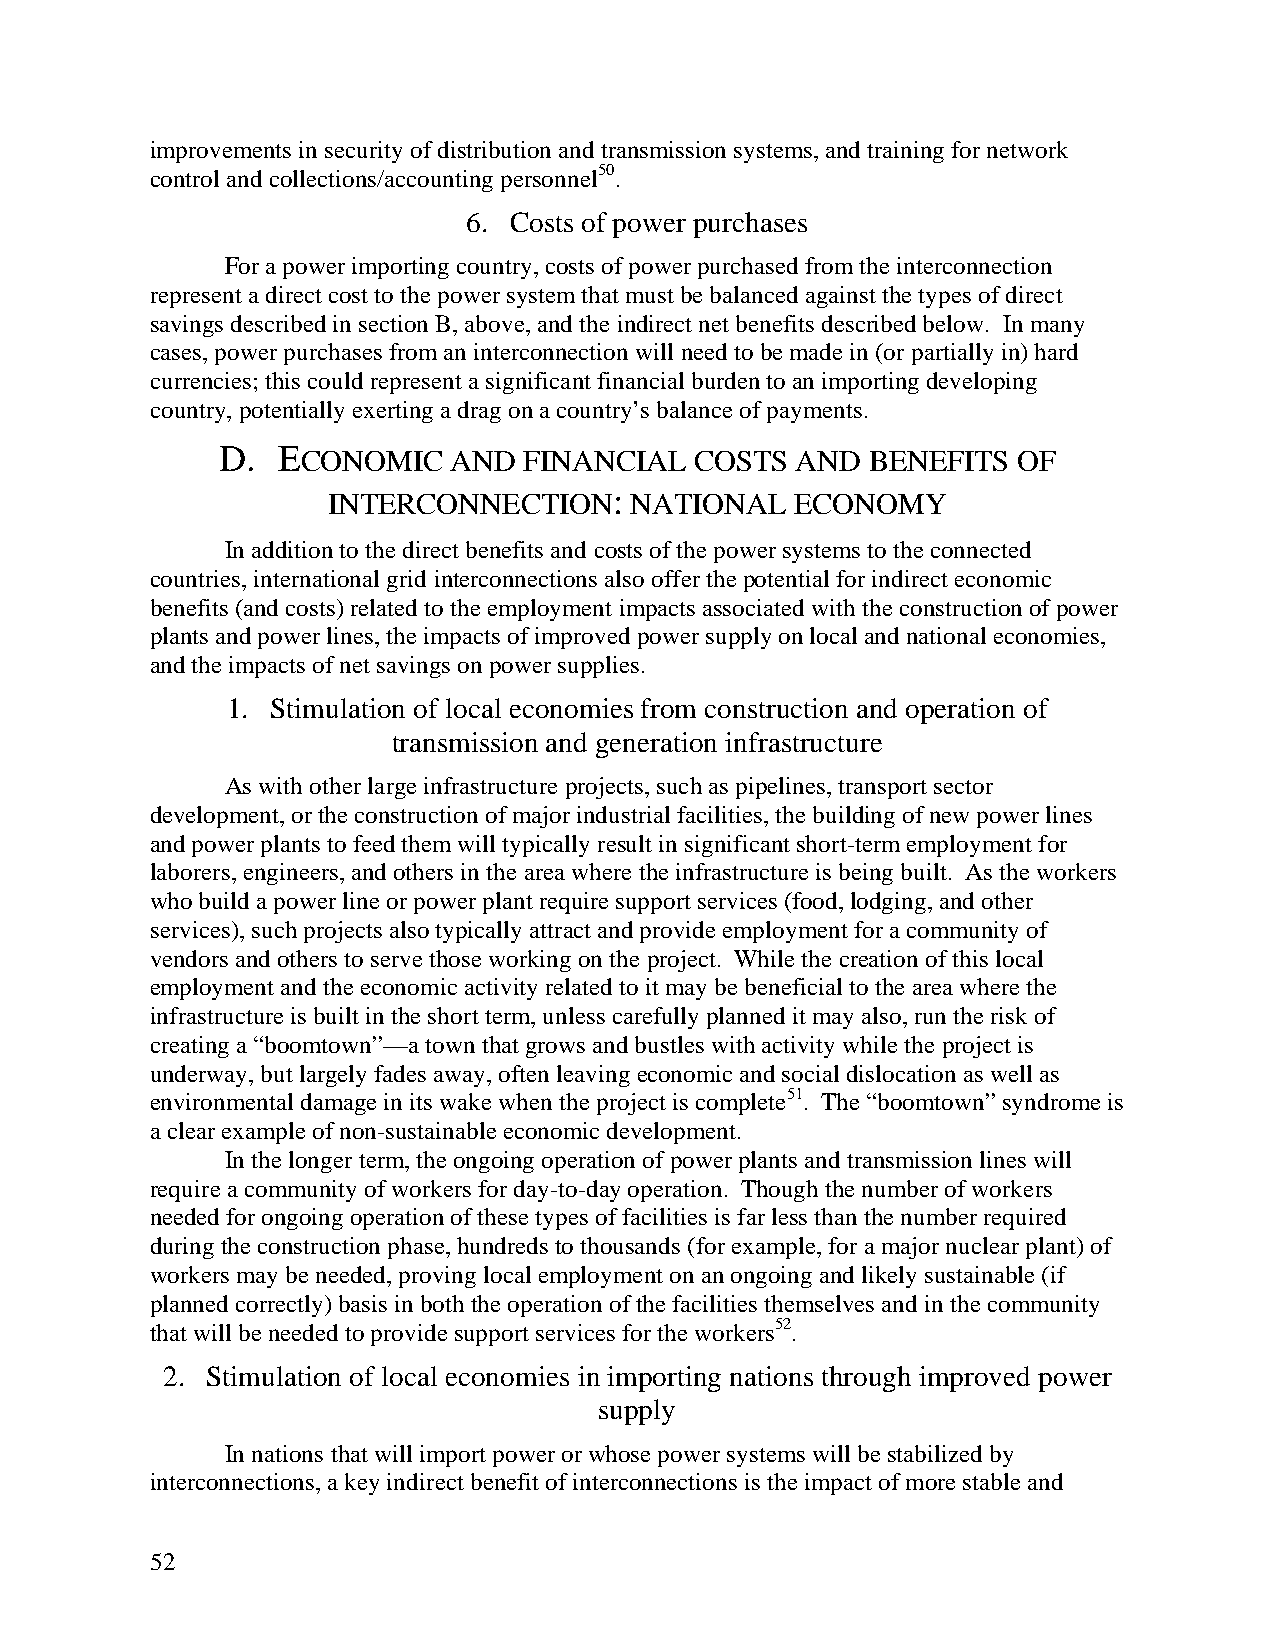
improvements in security of distribution and transmission systems, and training for network
 control and collections/accounting personnel50.
 6. Costs of power purchases
 For a power importing country, costs of power purchased from the interconnection
 represent a direct cost to the power system that must be balanced against the types of direct
 savings described in section B, above, and the indirect net benefits described below. In many
 cases, power purchases from an interconnection will need to be made in (or partially in) hard
 currencies; this could represent a significant financial burden to an importing developing
 country, potentially exerting a drag on a country’s balance of payments.
 D.  ECONOMIC    AND  FINANCIAL  COSTS  AND  BENEFITS OF
 INTERCONNECTION:    NATIONAL   ECONOMY
 In addition to the direct benefits and costs of the power systems to the connected
 countries, international grid interconnections also offer the potential for indirect economic
 benefits (and costs) related to the employment impacts associated with the construction of power
 plants and power lines, the impacts of improved power supply on local and national economies,
 and the impacts of net savings on power supplies.
 1. Stimulation of local economies from construction and operation of
 transmission and generation infrastructure
 As with other large infrastructure projects, such as pipelines, transport sector
 development, or the construction of major industrial facilities, the building of new power lines
 and power plants to feed them will typically result in significant short-term employment for
 laborers, engineers, and others in the area where the infrastructure is being built. As the workers
 who build a power line or power plant require support services (food, lodging, and other
 services), such projects also typically attract and provide employment for a community of
 vendors and others to serve those working on the project. While the creation of this local
 employment and the economic activity related to it may be beneficial to the area where the
 infrastructure is built in the short term, unless carefully planned it may also, run the risk of
 creating a “boomtown”—a town that grows and bustles with activity while the project is
 underway, but largely fades away, often leaving economic and social dislocation as well as
 environmental damage in its wake when the project is complete51. The “boomtown” syndrome is
 a clear example of non-sustainable economic development.
 In the longer term, the ongoing operation of power plants and transmission lines will
 require a community of workers for day-to-day operation. Though the number of workers
 needed for ongoing operation of these types of facilities is far less than the number required
 during the construction phase, hundreds to thousands (for example, for a major nuclear plant) of
 workers may be needed, proving local employment on an ongoing and likely sustainable (if
 planned correctly) basis in both the operation of the facilities themselves and in the community
 that will be needed to provide support services for the workers52.
 2. Stimulation of local economies in importing nations through improved power
 supply
 In nations that will import power or whose power systems will be stabilized by
 interconnections, a key indirect benefit of interconnections is the impact of more stable and
 52